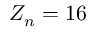
Z _ { n } = 1 6